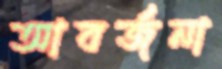
আবর্জনা